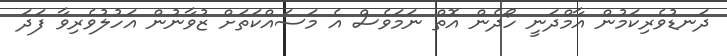
ދަނޑުވެރިކަމުން އާމްދަނީ ހޯދެން އޮތް ނަމަވެސް އެ މަސައްކަތަށް ޒުވާނުން އަހުލުވެރިވާ ފަދަ